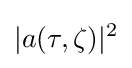
|a(\tau ,\zeta )|^{2}